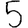
Digit: 5